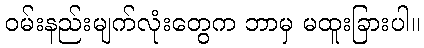
ဝမ်းနည်းမျက်လုံးတွေက ဘာမှ မထူးခြားပါ။